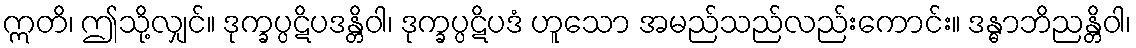
ဣတိ၊ ဤသို့လျှင်။ ဒုက္ခပ္ပဋိပဒန္တိဝါ၊ ဒုက္ခပ္ပဋိပဒံ ဟူသော အမည်သည်လည်းကောင်း။ ဒန္ဓာဘိညန္တိဝါ၊